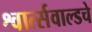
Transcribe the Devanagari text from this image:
श्वार्त्सवाल्डचे